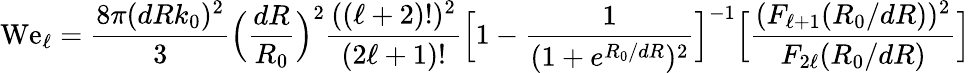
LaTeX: \mathrm{We}_{\ell}=\frac{8\pi(dRk_{0})^{2}}{3}\Big(\frac{dR}{R_{0}}\Big)^{2}\frac{((\ell+2)!)^{2}}{(2\ell+1)!}\Big[1-\frac{1}{(1+e^{R_{0}/dR})^{2}}\Big]^{-1}\Big[\frac{(F_{\ell+1}(R_{0}/dR))^{2}}{F_{2\ell}(R_{0}/dR)}\Big]